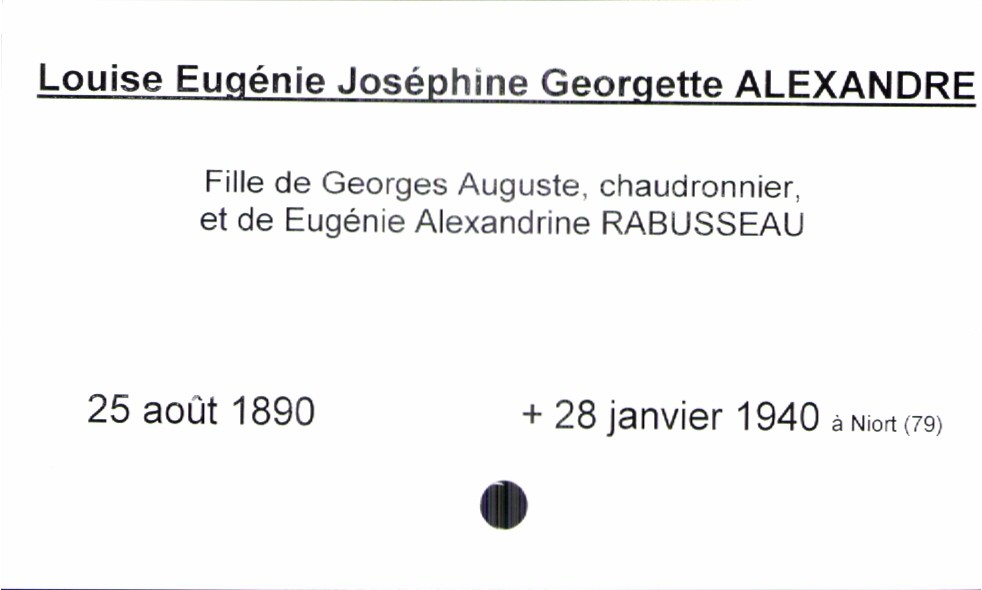
type_acte: Baptême
filiation: fille
enfant_prénom: Louise Eugénie Joséphine Georgette
enfant_date_de_naissance: 25 août 1890
enfant_date_de_décès: 28 janvier 1940
enfant_lieu_de_décès: Niort (79)
père_enfant_nom: Alexandre
père_enfant_prénom: Georges Auguste
père_enfant_profession: chaudronnier
mère_enfant_nom: Rabusseau
mère_enfant_prénom: Eugénie Alexandrine